65_HS1-834228961_62-HQ-83894_Section_10
Agency: FBI
Page 101
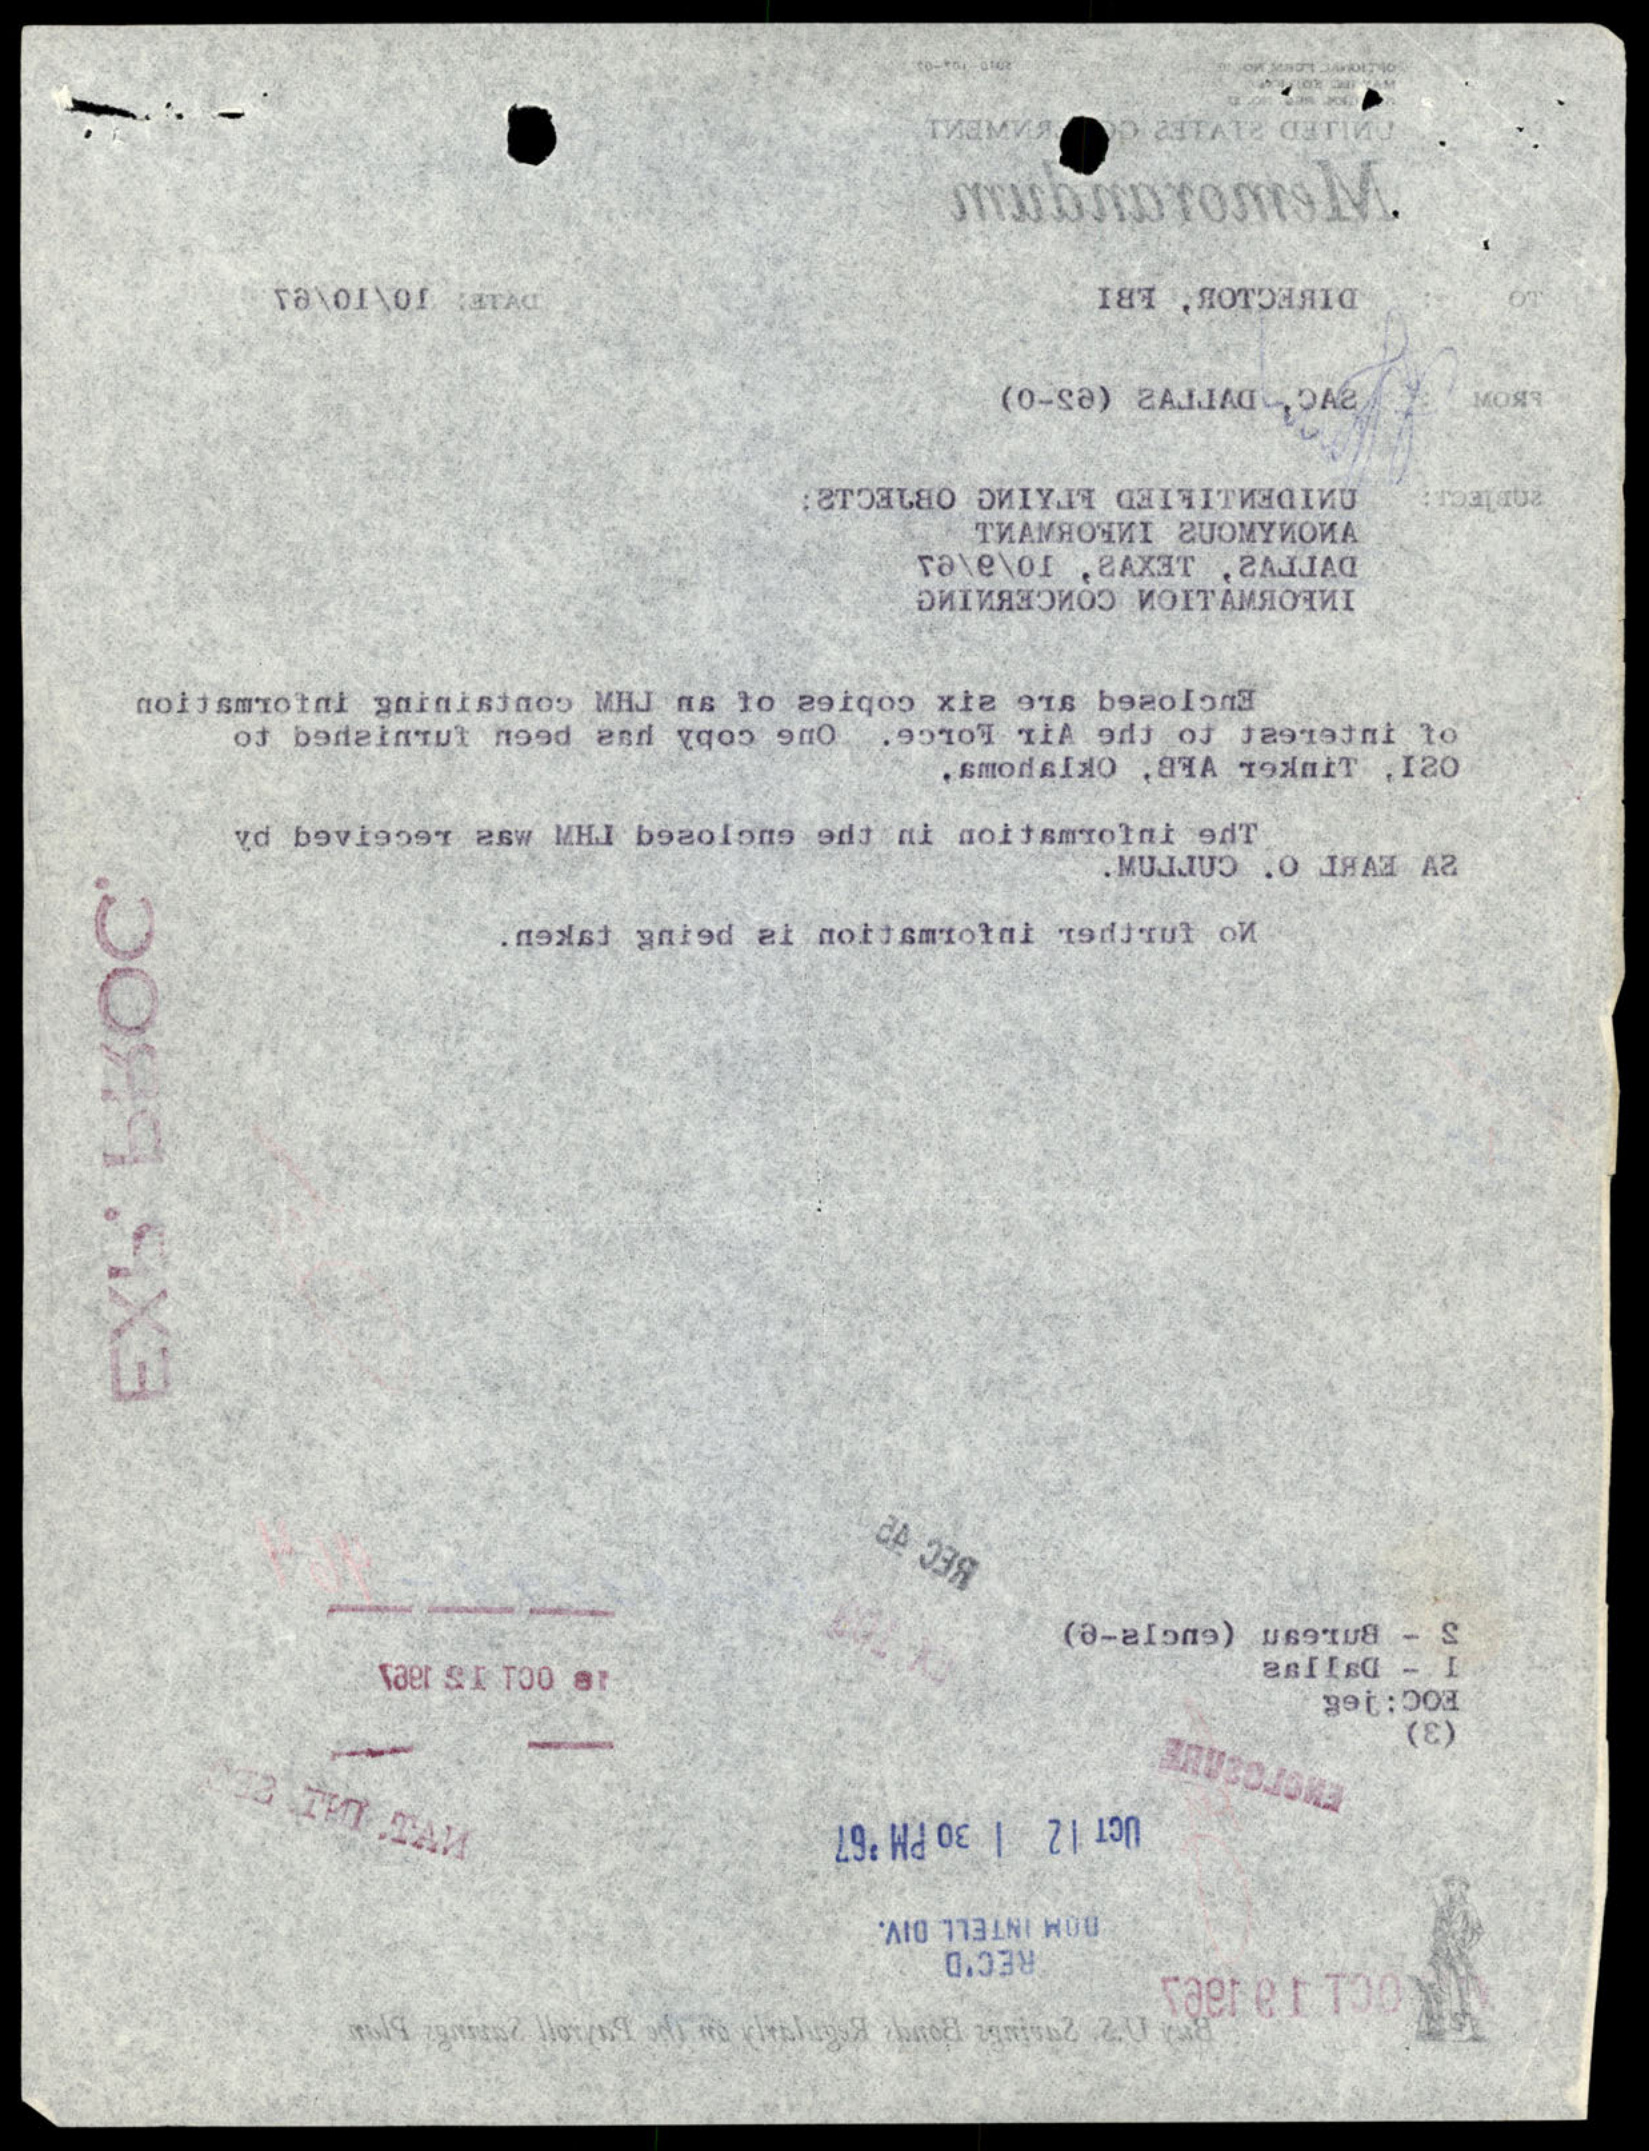